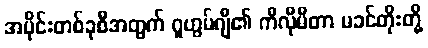
အပိုင်းတစ်ခုစီအတွက် ဂူဟွမ်ဂျီ၏ ကီလီုမီတာ မခင်တိုးတို့